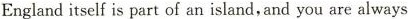
Englanditself is part of an island, and you are always